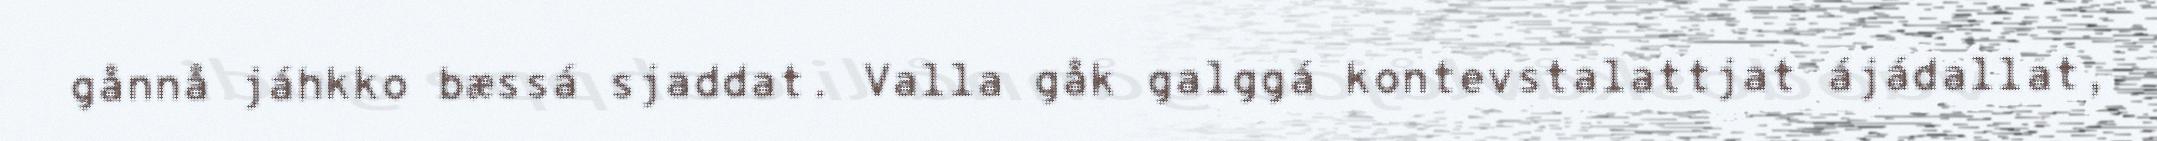
gånnå jáhkko bæssá sjaddat. Valla gåk galggá kontevstalattjat ájádallat,